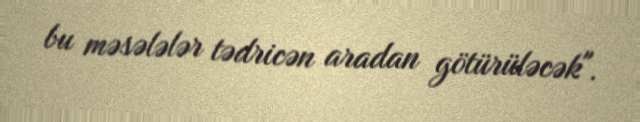
bu məsələlər tədricən aradan götürüləcək".